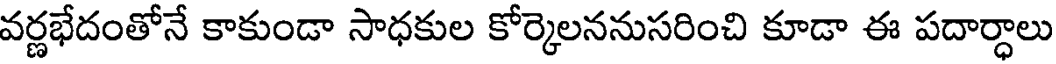
వర్ణభేదంతోనే కాకుండా సాధకుల కోర్కెలననుసరించి కూడా ఈ పదార్ధాలు